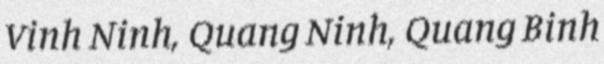
Vinh Ninh, Quang Ninh, Quang Binh